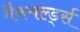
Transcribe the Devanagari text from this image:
मैकवर्ल्ड्स